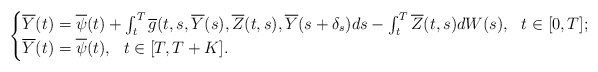
\begin{align*} \begin{cases} \overline{Y}(t)=\overline{\psi}(t) + \int_t^T \overline{g}(t,s,\overline{Y}(s),\overline{Z}(t,s), \overline{Y}(s+\delta_{s}) ds - \int_t^T \overline{Z}(t,s) dW(s), \ \ t\in [0,T]; \\ \overline{Y}(t)=\overline{\psi}(t), \ \ t\in [T,T+K].\\ \end{cases}\end{align*}